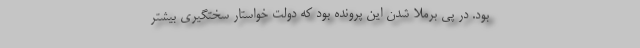
بود. در پی برملا شدن این پرونده بود که دولت خواستار سختگیری بیشتر